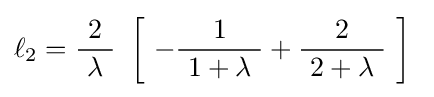
\ell _{2}={\frac {2}{\ \lambda \ }}\ \left[\ -{\frac {1}{\ 1+\lambda \ }}+{\frac {2}{\ 2+\lambda \ }}\ \right]\